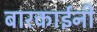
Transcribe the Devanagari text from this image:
बारकाईनी